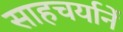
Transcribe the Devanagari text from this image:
साहचर्यानें